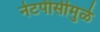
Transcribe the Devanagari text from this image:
नेटपीसीमुळे